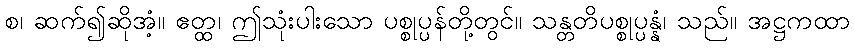
စ၊ ဆက်၍ဆိုအံ့။ ဧတ္ထ၊ ဤသုံးပါးသော ပစ္စုပ္ပန်တို့တွင်။ သန္တတိပစ္စုပ္ပန္နံ၊ သည်။ အဋ္ဌကထာ